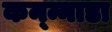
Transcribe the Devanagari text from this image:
कन्न्नाडा